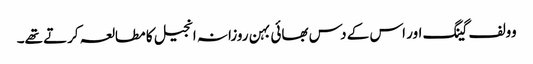
وولف گینگ اور اس کے دس بھائی بہن روزانہ انجیل کا مطالعہ کرتے تھے۔